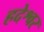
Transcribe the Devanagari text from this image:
हदेश्वर